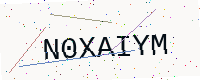
Text: N0XAIYM